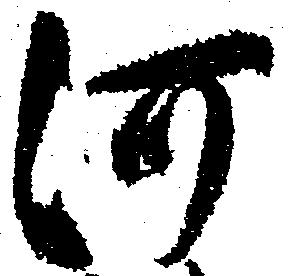
河